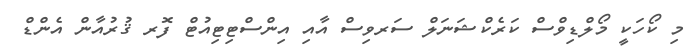
މި ކޯހަކީ މޯލްޑިވްސް ކަރެކްޝަނަލް ސަރވިސް އާއި އިންސްޓިޓިއުޓް ފޮރ ޤުރުއާން އެންޑް